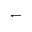
\leftharpoondown